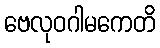
ဗေလုဝဂါမကေတိ